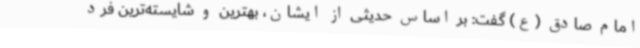
امام صادق (ع) گفت: بر اساس حدیثی از ایشان، بهترین و شایسته‌ترین فرد